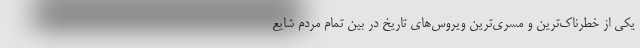
یکی از خطرناک‌ترین و مسری‌ترین ویروس‌های تاریخ در بین تمام مردم شایع